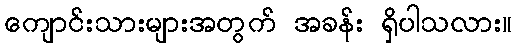
ကျောင်းသားများအတွက် အခန်း ရှိပါသလား။